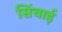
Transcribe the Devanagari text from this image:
सिँचाई